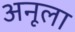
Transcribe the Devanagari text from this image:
अनूला